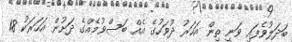
ބަދަލުވެފައި ވަނީ ތިން އަހަރު ދުވަހުގެ އެއް ބަސްވުމެއްގެ ދަށުން އަހަރަކު 18